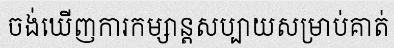
ចង់ឃើញការកម្សាន្តសប្បាយសម្រាប់គាត់